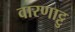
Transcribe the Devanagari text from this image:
वारणाट्टु